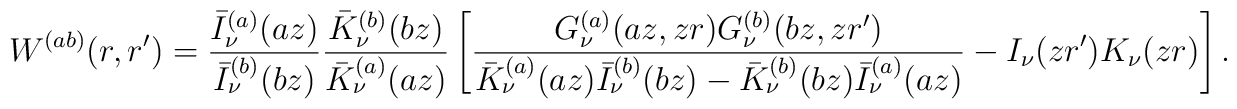
W^{(ab)}(r,r^{\prime })=\frac{\bar{I}_{\nu }^{(a)}(az)}{\bar{I}_{\nu}^{(b)}(bz)}\frac{\bar{K}_{\nu }^{(b)}(bz)}{\bar{K}_{\nu }^{(a)}(az)}\left[\frac{G_{\nu }^{(a)}(az,zr)G_{\nu }^{(b)}(bz,zr^{\prime })}{\bar{K}_{\nu}^{(a)}(az)\bar{I}_{\nu }^{(b)}(bz)-\bar{K}_{\nu }^{(b)}(bz)\bar{I}_{\nu}^{(a)}(az)}-I_{\nu }(zr^{\prime })K_{\nu }(zr)\right] .